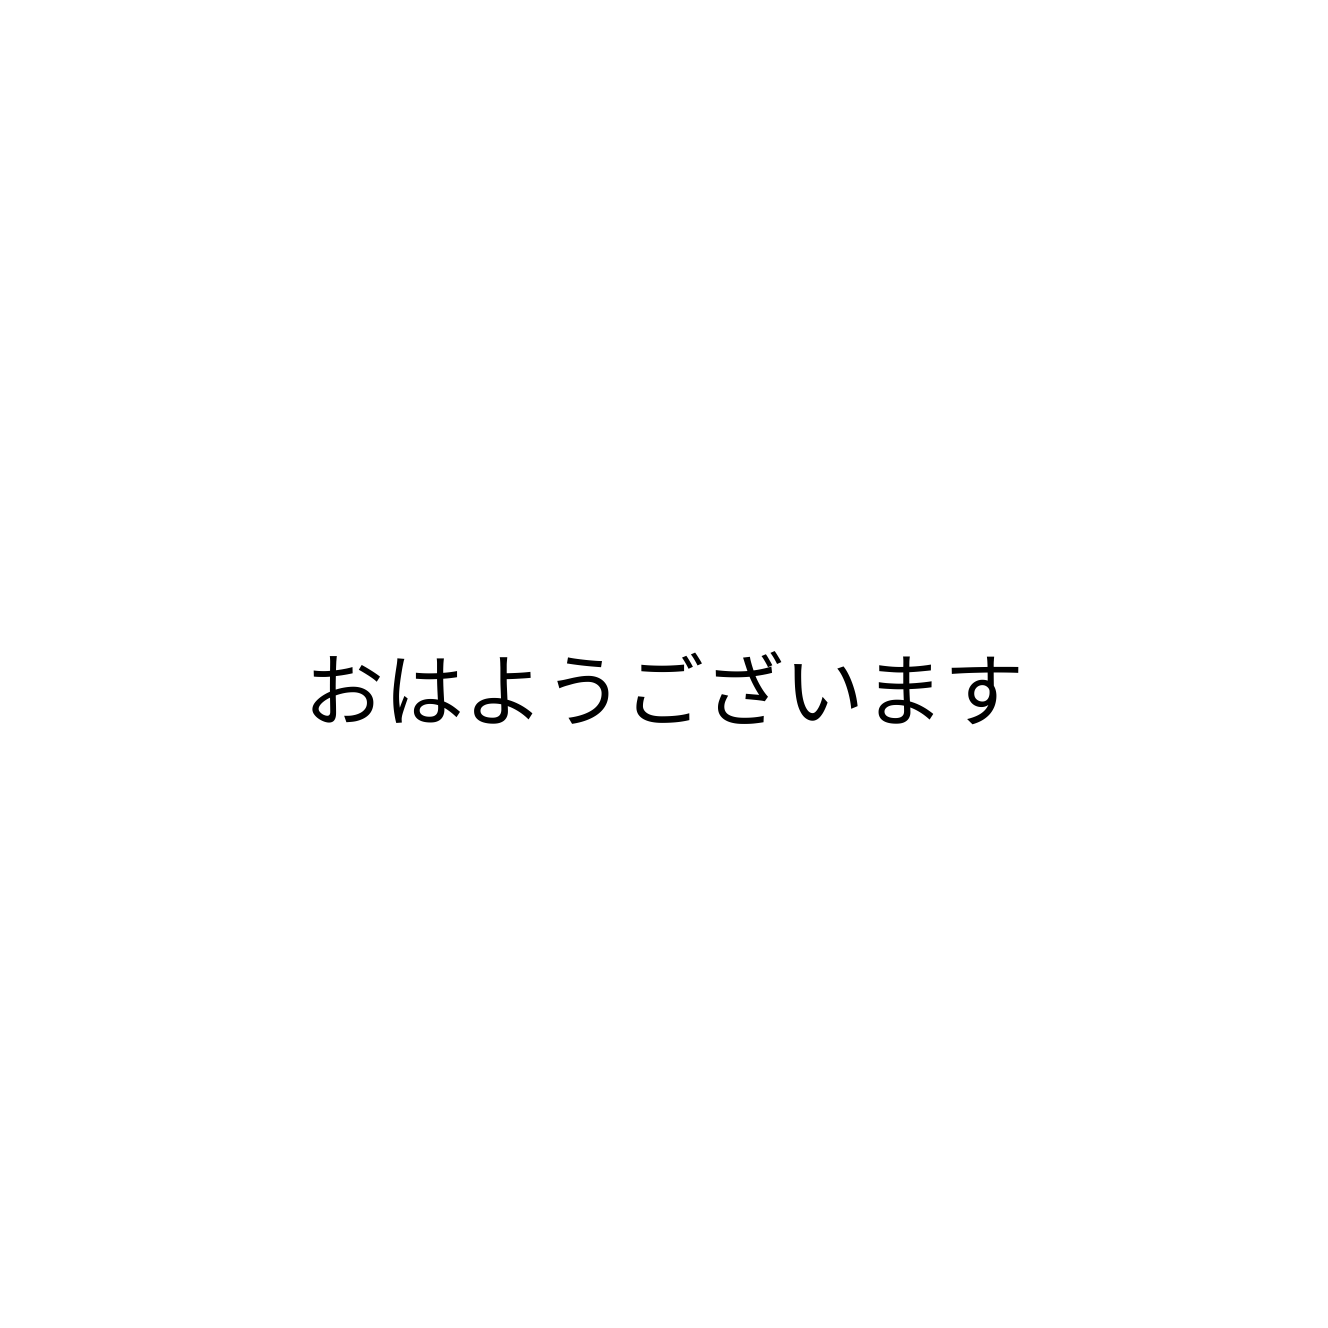
おはようございます